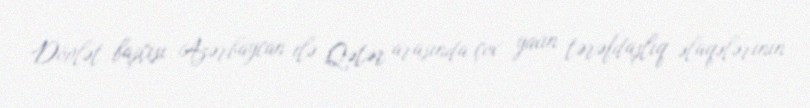
Dövlət başçısı Azərbaycan ilə Qətər arasında çox yaxın tərəfdaşlıq əlaqələrinin